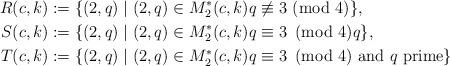
LaTeX: \begin{align*} R(c,k)&:=\{(2,q)\mid (2,q) \in M_2^*(c,k) q\not\equiv{3}\!\!\!\!\pmod4 \},\\ S(c,k)&:=\{(2,q)\mid (2,q) \in M_2^*(c,k)q\equiv 3\!\!\!\pmod4 q \},\\ T(c,k)&:=\{(2,q)\mid (2,q) \in M_2^*(c,k) q \equiv 3\!\!\!\pmod4\textup{ and $q$ prime}\}\\\end{align*}